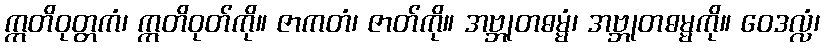
ဣတိဝုတ္တကံ၊ ဣတိဝုတ်ကို။ ဇာကတံ၊ ဇာတ်ကို။ အဗ္ဘုတဓမ္မံ၊ အဗ္ဘုတဓမ္မကို။ ဝေဒလ္လံ၊